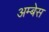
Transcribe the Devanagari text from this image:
अम्बेस